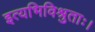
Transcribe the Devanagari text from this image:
इत्यभिविश्रुताः।